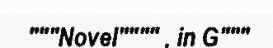
"""Novel"""" , in G"""